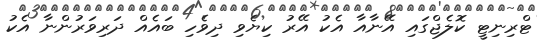
ޓްރިނިޓީ ކޮލެޖްގައި އޭނާއާ އެކު އޭރު ކިޔެވި ދިވެހި ބައެއް ދަރިވަރުންނާ އެކު